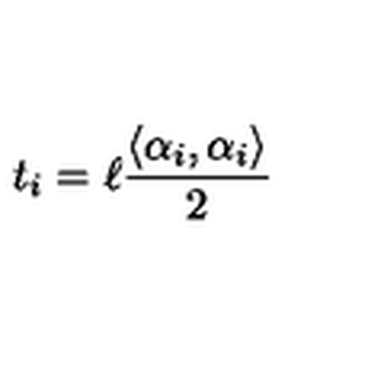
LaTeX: t _ { i } = \ell \frac { \left\langle \alpha _ { i } , \alpha _ { i } \right\rangle } { 2 }